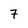
Character: 7